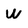
Character: W